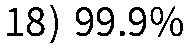
18) 99.9%